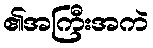
၏အကြီးအကဲ